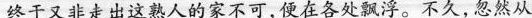
终于又非走出这熟人的家不可，便在各处飘浮。不久，忽然从